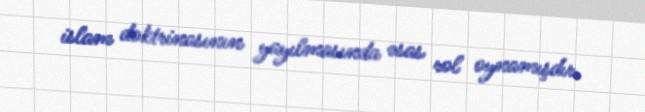
islam doktrinasının yayılmasında əsas rol oynamışdır.